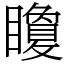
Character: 矎